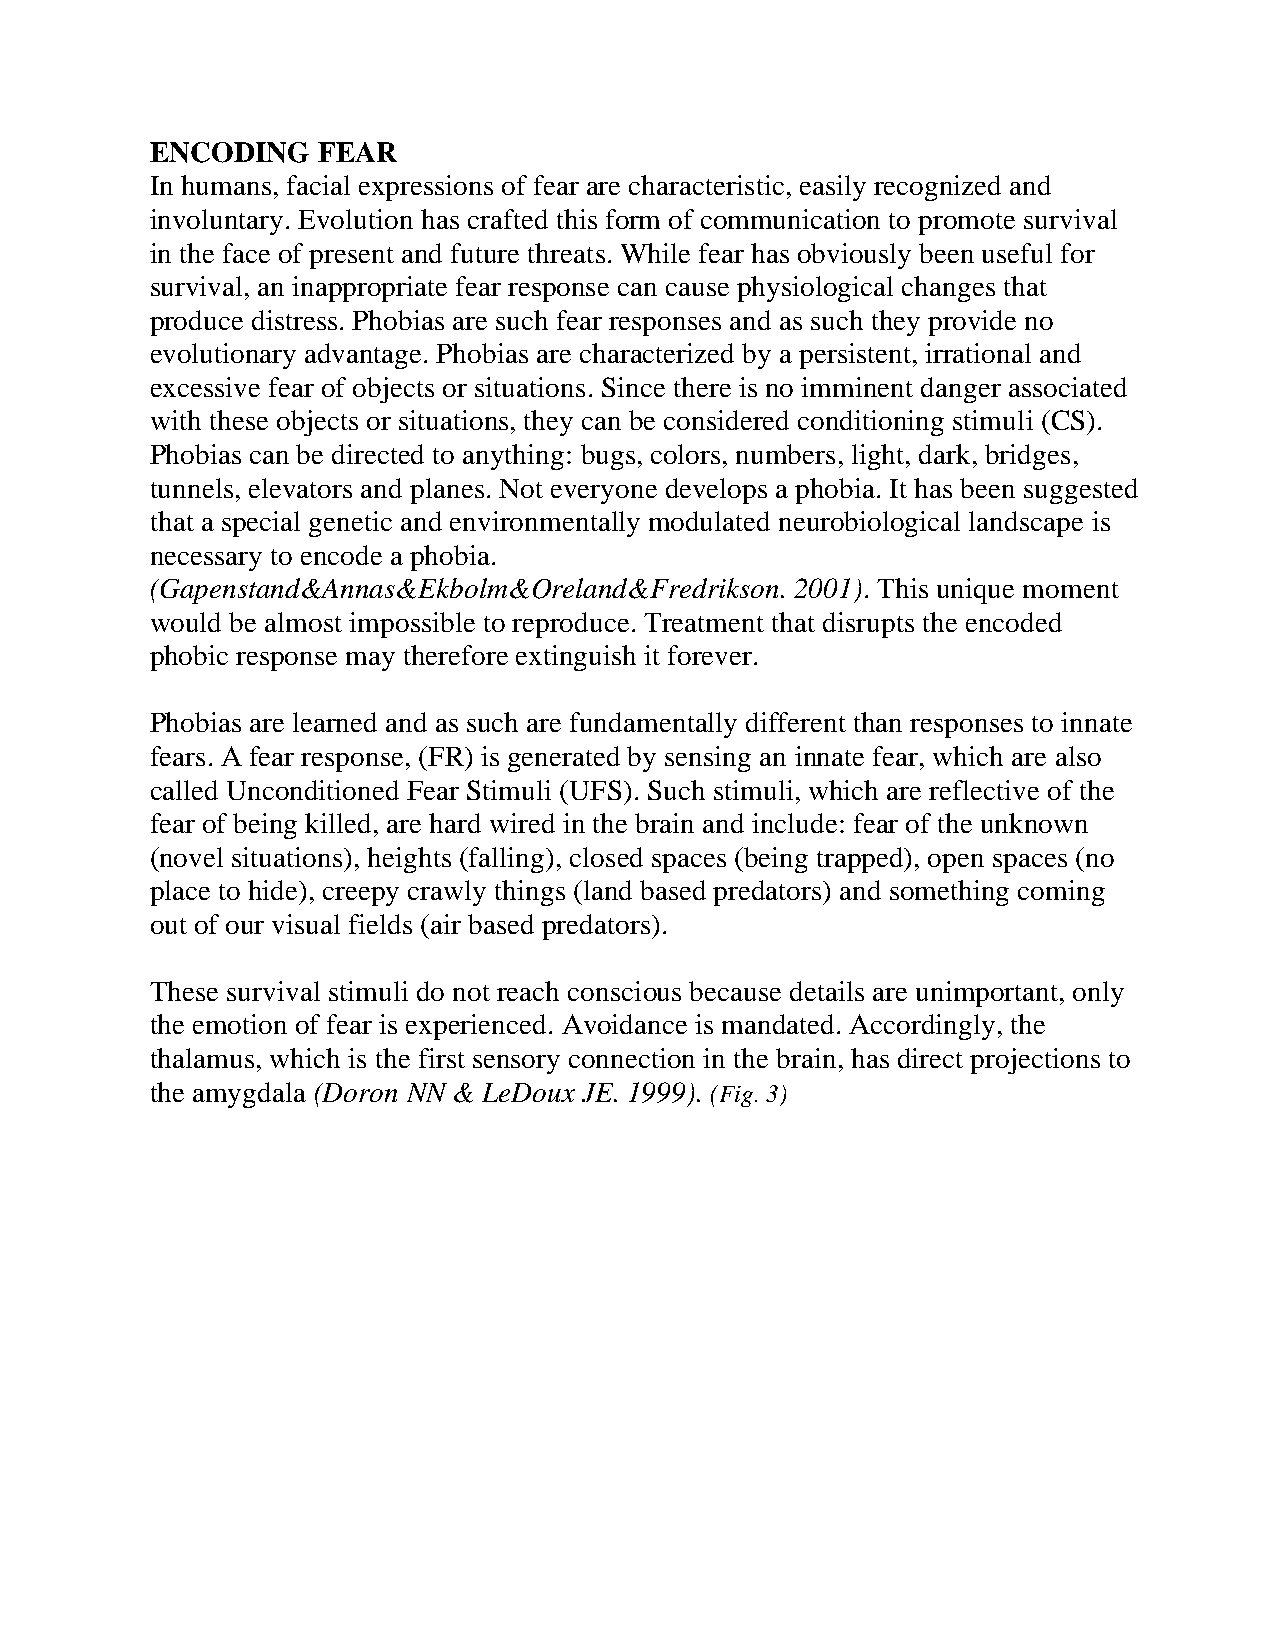
ENCODING   FEAR
 In humans, facial expressions of fear are characteristic, easily recognized and
 involuntary. Evolution has crafted this form of communication to promote survival
 in the face of present and future threats. While fear has obviously been useful for
 survival, an inappropriate fear response can cause physiological changes that
 produce distress. Phobias are such fear responses and as such they provide no
 evolutionary advantage. Phobias are characterized by a persistent, irrational and
 excessive fear of objects or situations. Since there is no imminent danger associated
 with these objects or situations, they can be considered conditioning stimuli (CS).
 Phobias can be directed to anything: bugs, colors, numbers, light, dark, bridges,
 tunnels, elevators and planes. Not everyone develops a phobia. It has been suggested
 that a special genetic and environmentally modulated neurobiological landscape is
 necessary to encode a phobia.
 (Gapenstand&Annas&Ekbolm&Oreland&Fredrikson. 2001). This unique moment
 would be almost impossible to reproduce. Treatment that disrupts the encoded
 phobic response may therefore extinguish it forever.
 Phobias are learned and as such are fundamentally different than responses to innate
 fears. A fear response, (FR) is generated by sensing an innate fear, which are also
 called Unconditioned Fear Stimuli (UFS). Such stimuli, which are reflective of the
 fear of being killed, are hard wired in the brain and include: fear of the unknown
 (novel situations), heights (falling), closed spaces (being trapped), open spaces (no
 place to hide), creepy crawly things (land based predators) and something coming
 out of our visual fields (air based predators).
 These survival stimuli do not reach conscious because details are unimportant, only
 the emotion of fear is experienced. Avoidance is mandated. Accordingly, the
 thalamus, which is the first sensory connection in the brain, has direct projections to
 the amygdala (Doron NN & LeDoux JE. 1999). (Fig. 3)